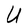
Character: U